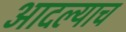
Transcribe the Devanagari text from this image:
आदल्याच